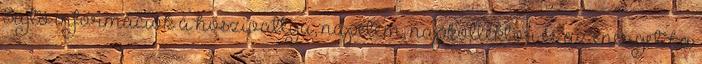
Sajtó információk a hőszivattyú, napelem, napkollektor és az energetika